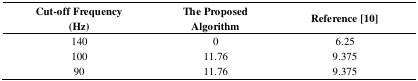
<table><thead><tr><td><b>Cut-off Frequency (Hz)</b></td><td><b>The Proposed Algorithm</b></td><td><b>Reference [10]</b></td></tr></thead><tbody><tr><td>140</td><td>0</td><td>6.25</td></tr><tr><td>100</td><td>11.76</td><td>9.375</td></tr><tr><td>90</td><td>11.76</td><td>9.375</td></tr></tbody></table>